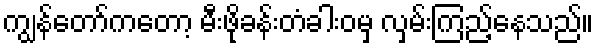
ကျွန်တော်ကတော့ မီးဖိုခန်းတံခါးဝမှ လှမ်းကြည့်နေသည်။